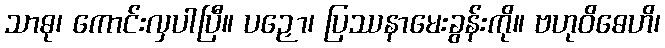
သာဓု၊ ကောင်းလှပါပြီ။ ပဉှော၊ ပြဿနာမေးခွန်းကို။ ဗဟုဝိဓေဟိ၊